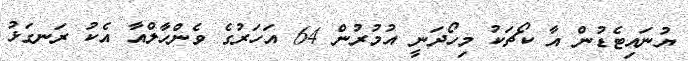
ޔުނައިޓެޑުން އާ ކޯޗަކު މިހޯދަނީ އުމުރުން 64 އަހަރުގެ ވެންހާލްއާ އެކު ރަނގަޅު